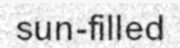
sun-filled